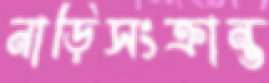
নাড়িসংক্রান্ত